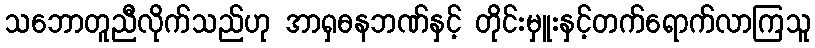
သဘောတူညီလိုက်သည်ဟု အာရှဓနဘဏ်နှင့် တိုင်းမှူးနှင့်တက်ရောက်လာကြသူ